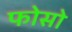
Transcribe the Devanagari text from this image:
फोसो